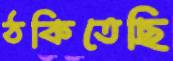
ঠকিতেছি